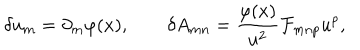
LaTeX: \delta u _ { m } = \partial _ { m } \varphi ( x ) , \qquad \delta A _ { m n } = { \frac { \varphi ( x ) } { u ^ { 2 } } } { \cal F } _ { m n p } u ^ { p } ,